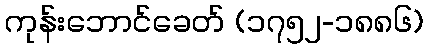
ကုန်းဘောင်ခေတ် (၁၇၅၂-၁၈၈၆)